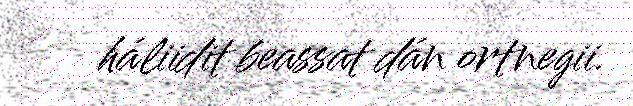
háliidit beassat dán ortnegii.